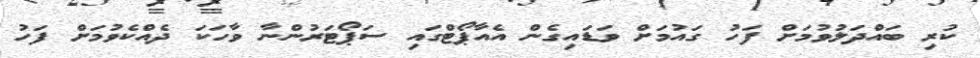
ކުރި ބައްދަލުވުމަށް ފަހު ގައުމަށް ވަޑައިގެން އެއާޕޯޓްގައި ސަޕޯޓަރުންނާ ވާހަކަ ދެއްކެވުމަށް ފަހު